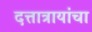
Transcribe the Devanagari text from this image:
दत्तात्रायांचा